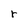
Character: r